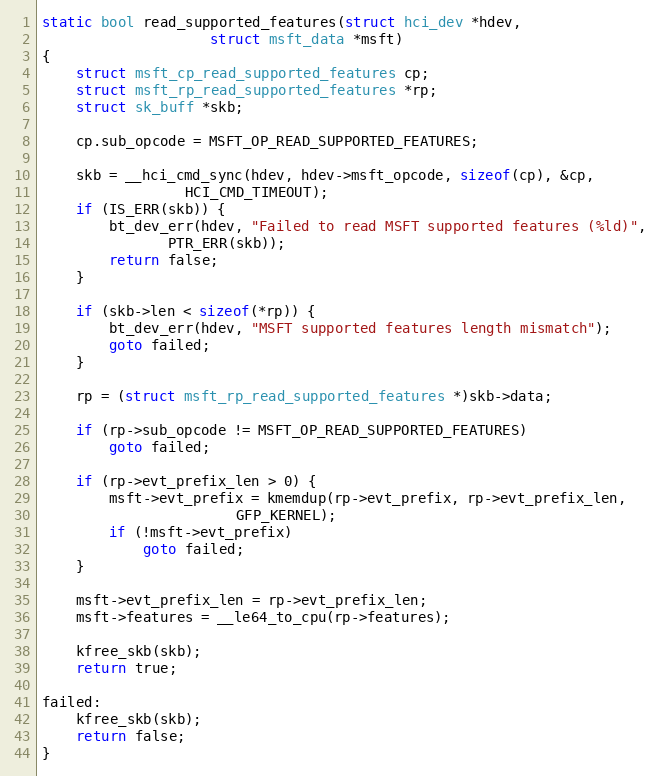
Language: C
static bool read_supported_features(struct hci_dev *hdev,
				    struct msft_data *msft)
{
	struct msft_cp_read_supported_features cp;
	struct msft_rp_read_supported_features *rp;
	struct sk_buff *skb;

	cp.sub_opcode = MSFT_OP_READ_SUPPORTED_FEATURES;

	skb = __hci_cmd_sync(hdev, hdev->msft_opcode, sizeof(cp), &cp,
			     HCI_CMD_TIMEOUT);
	if (IS_ERR(skb)) {
		bt_dev_err(hdev, "Failed to read MSFT supported features (%ld)",
			   PTR_ERR(skb));
		return false;
	}

	if (skb->len < sizeof(*rp)) {
		bt_dev_err(hdev, "MSFT supported features length mismatch");
		goto failed;
	}

	rp = (struct msft_rp_read_supported_features *)skb->data;

	if (rp->sub_opcode != MSFT_OP_READ_SUPPORTED_FEATURES)
		goto failed;

	if (rp->evt_prefix_len > 0) {
		msft->evt_prefix = kmemdup(rp->evt_prefix, rp->evt_prefix_len,
					   GFP_KERNEL);
		if (!msft->evt_prefix)
			goto failed;
	}

	msft->evt_prefix_len = rp->evt_prefix_len;
	msft->features = __le64_to_cpu(rp->features);

	kfree_skb(skb);
	return true;

failed:
	kfree_skb(skb);
	return false;
}